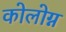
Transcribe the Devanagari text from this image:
कोलोग्न